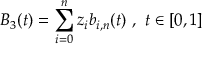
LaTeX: B _ { 3 } ( t ) = \sum _ { i = 0 } ^ { n } z _ { i } b _ { i , n } ( t ) { \mathrm { ~ , ~ } } t \in [ 0 , 1 ]